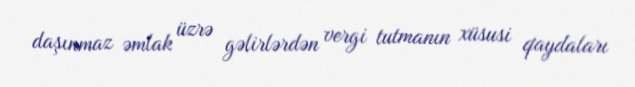
daşınmaz əmlak üzrə gəlirlərdən vergi tutmanın xüsusi qaydaları